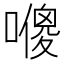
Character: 𠿬